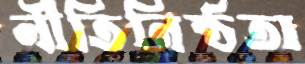
নীতিনিষ্ঠতা